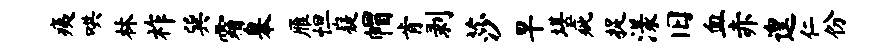
痍哄林祚巽霜皋雁怛嶷帽肯剥莎早堪疵捉漾旧血赤遑仁份